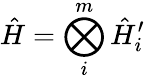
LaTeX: \hat{H}=\bigotimes_{i}^{m}\hat{H}_{i}^{\prime}